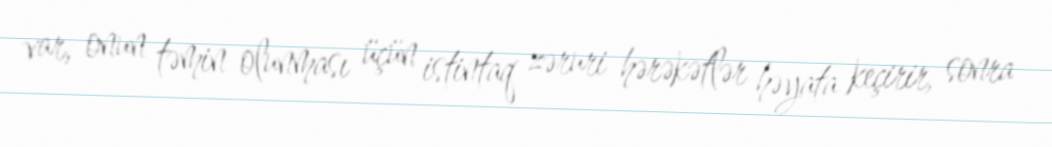
var, onun təmin olunması üçün istintaq zəruri hərəkətlər həyata keçirir, sonra